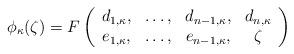
LaTeX: \begin{align*}\phi_{\kappa}(\zeta)=F\left(\begin{array}{cccc}d_{1,\kappa}, & \dots, & d_{n-1,\kappa}, & d_{n,\kappa}\\e_{1,\kappa}, & \dots, & e_{n-1,\kappa}, & \zeta\end{array}\right)\end{align*}